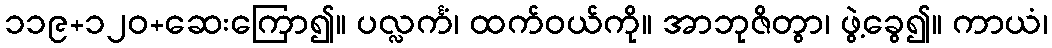
၁၁၉+၁၂၀+ဆေးကြော၍။ ပလ္လင်္ကံ၊ ထက်ဝယ်ကို။ အာဘုဇိတွာ၊ ဖွဲ့ခွေ၍။ ကာယံ၊